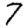
Digit: 7